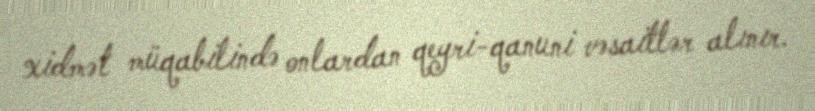
xidmət müqabilində onlardan qeyri-qanuni vəsaitlər alınır.